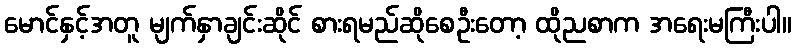
မောင်နှင့်အတူ မျက်နှာချင်းဆိုင် စားရမည်ဆိုစေဦးတော့ ထိုညစာက အရေးမကြီးပါ။